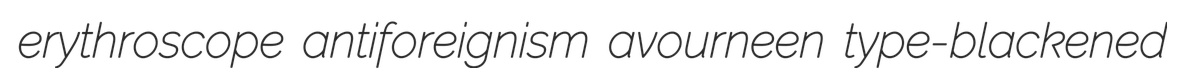
erythroscope antiforeignism avourneen type-blackened